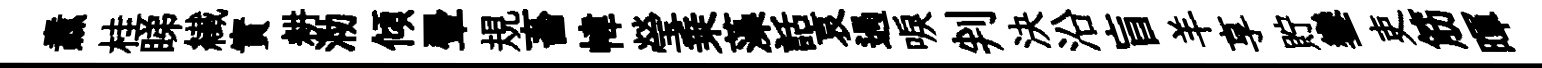
纛桂睇纎實耕泐傾翬規畜幃瑩乗藻話哀過唳判決沿盲羊享貯鑾吏筋暉